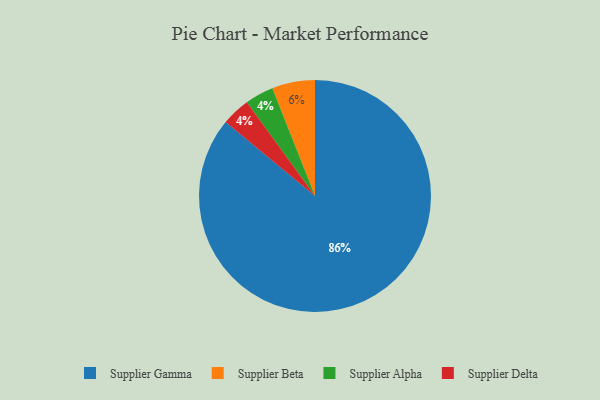
{"axis": {"x": "Category", "y": "Percentage"}, "legend": ["Supplier Alpha", "Supplier Beta", "Supplier Delta", "Supplier Gamma"], "data": [{"x": "Supplier Beta", "y": 6, "type": "Supplier Beta"}, {"x": "Supplier Alpha", "y": 4, "type": "Supplier Alpha"}, {"x": "Supplier Delta", "y": 4, "type": "Supplier Delta"}, {"x": "Supplier Gamma", "y": 86, "type": "Supplier Gamma"}]}